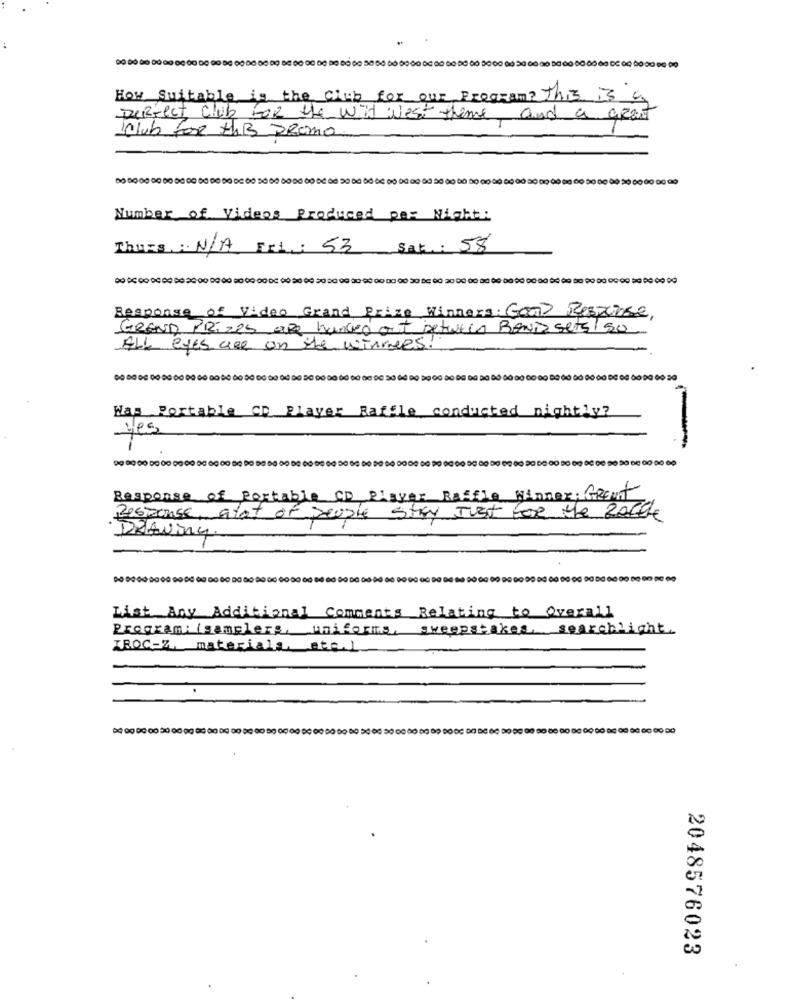
How suitable is the club for our program? this is a
Deffect Club For the wit west theme, and a great
Klub for HAB PROMO
10 00 00 00 00 00 00 00 00 00 00 00 10 00 00 00 00 00 00 20 00 00 06 00 00 00 00 20 00 00 10 00 00 00 00 20 00 00 00 00 50 00 00 20 00 00 00 00
Number of Videos Produced per Night:
Thuas :: N/A Eri: 53 Sat .: 58
Response of Video Grand Prize Winners: Con> Response,
GRAND PrizeS one hundred out between BANDZ sets/ so
ALL eyes are on the winners!
Was Portable CD Player Raffle conducted nightly?
Yes
Response of Portable CD Player Raffle winner; Great
Response, alot of people stay Just for the zacde
DeAving
List Any Additional Comments Relating to Overall
Program: isamplers, uniforms, sweepstakes, searchlight.
TROC-Z. material, atg.l.
.
2048576023